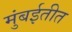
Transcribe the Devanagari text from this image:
मुंबईतीत